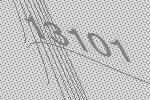
13101